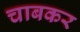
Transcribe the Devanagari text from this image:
चाबकर